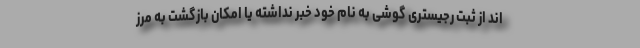
اند از ثبت رجیستری گوشی به نام خود خبر نداشته یا امکان بازگشت به مرز